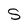
Character: S